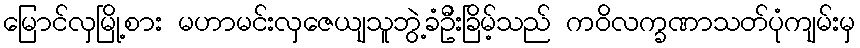
မြောင်လှမြို့စား မဟာမင်းလှဇေယျသူဘွဲ့ခံဦးခြိမ့်သည် ကဝိလက္ခဏာသတ်ပုံကျမ်းမှ